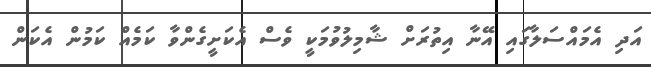
އަދި އެމައްސަލާގައި އޭނާ އިތުރަށް ޝާމިލުވުމަކީ ވެސް އެކަށީގެންވާ ކަމެއް ކަމުން އެކަން